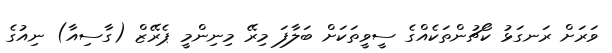
ވަރަށް ރަނގަޅު ކޯޗުންތަކެއްގެ ސީވީތަކަށް ބަލާފަ މިރޭ މިނިންމީ ޕެރޭޒް (ގާސިއާ) ނިއުގެ